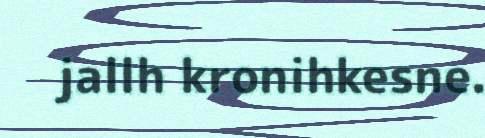
jallh kronihkesne.